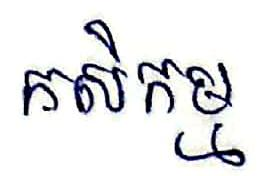
កសិកម្ម